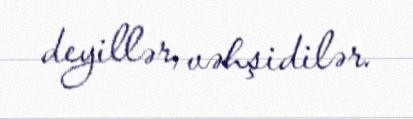
deyillər, vəhşidilər.